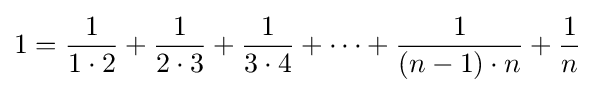
1={\frac {1}{1\cdot 2}}+{\frac {1}{2\cdot 3}}+{\frac {1}{3\cdot 4}}+\dots +{\frac {1}{(n-1)\cdot n}}+{\frac {1}{n}}